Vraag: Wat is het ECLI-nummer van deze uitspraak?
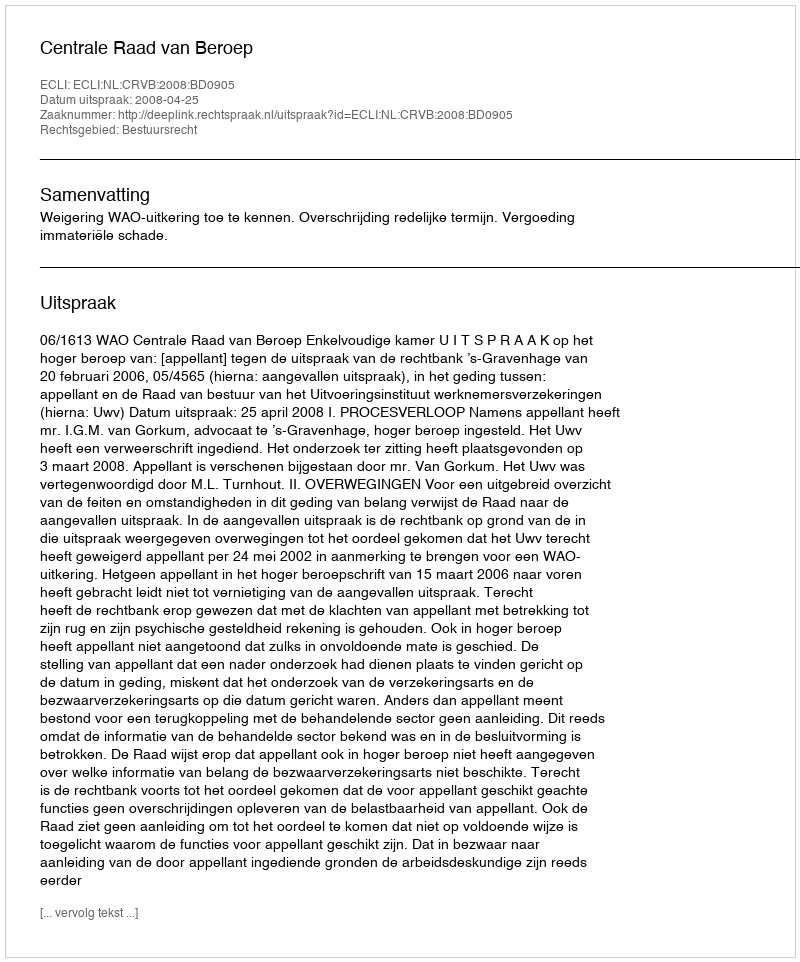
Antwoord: ECLI:NL:CRVB:2008:BD0905